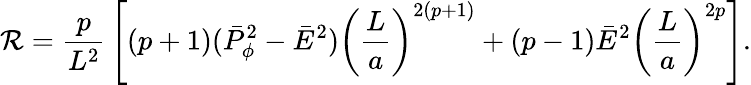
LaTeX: {\cal R}={\frac{p}{L^{2}}}\left[(p+1)(\bar{P}_{\phi}^{2}-\bar{E}^{2})\left({\frac{L}{a}}\right)^{2(p+1)}+(p-1)\bar{E}^{2}\left({\frac{L}{a}}\right)^{2p}\right].